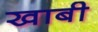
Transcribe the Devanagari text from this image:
खाबी